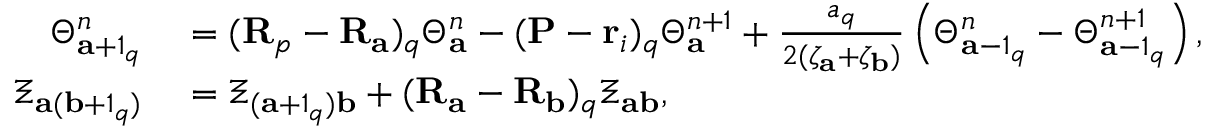
\begin{array} { r l } { \Theta _ { \mathbf { a } + 1 _ { q } } ^ { n } } & { { } = ( \mathbf { R } _ { p } - \mathbf { R } _ { \mathbf { a } } ) _ { q } \Theta _ { \mathbf { a } } ^ { n } - ( \mathbf { P } - \mathbf { r } _ { i } ) _ { q } \Theta _ { \mathbf { a } } ^ { n + 1 } + \frac { a _ { q } } { 2 ( \zeta _ { \mathbf { a } } + \zeta _ { \mathbf { b } } ) } \left( \Theta _ { \mathbf { a } - 1 _ { q } } ^ { n } - \Theta _ { \mathbf { a } - 1 _ { q } } ^ { n + 1 } \right) , } \\ { \Xi _ { \mathbf { a } ( \mathbf { b } + 1 _ { q } ) } } & { { } = \Xi _ { ( \mathbf { a } + 1 _ { q } ) \mathbf { b } } + ( \mathbf { R } _ { \mathbf { a } } - \mathbf { R } _ { \mathbf { b } } ) _ { q } \Xi _ { \mathbf { a b } } , } \end{array}